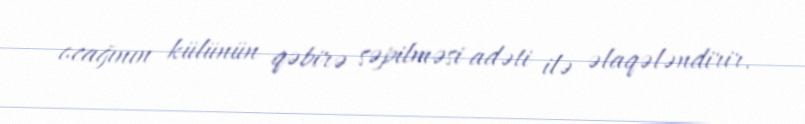
ocağının külünün qəbirə səpilməsi adəti ilə əlaqələndirir.